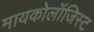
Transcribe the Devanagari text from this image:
मायकोलॉजिस्ट